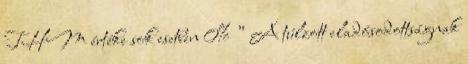
THM értéke sok esetben 0% ” A túlzott eladósodottságnak